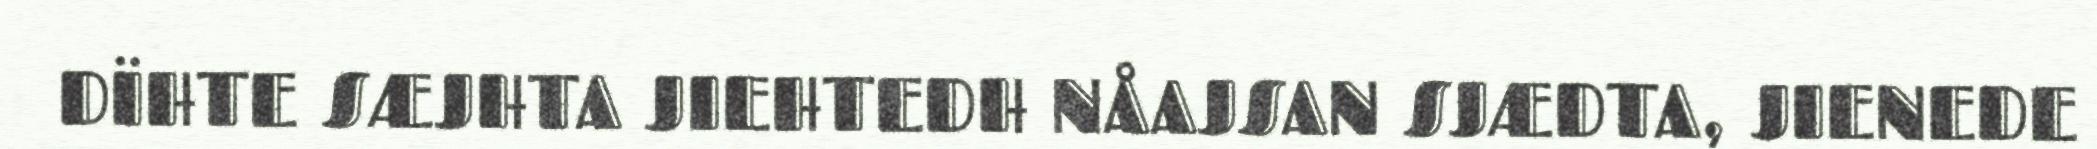
DÏHTE SÆJHTA JIEHTEDH NÅAJSAN SJÆDTA, JIENEDE